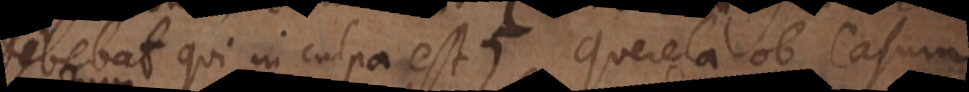
debebat qui in culpa est). Querela ob casum